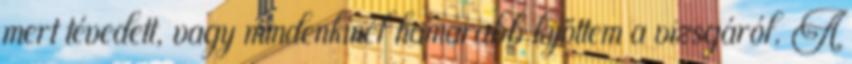
mert tévedett, vagy mindenkinél hamarabb kijöttem a vizsgáról. A